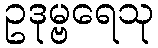
ဥဒုမ္ဗရေသု